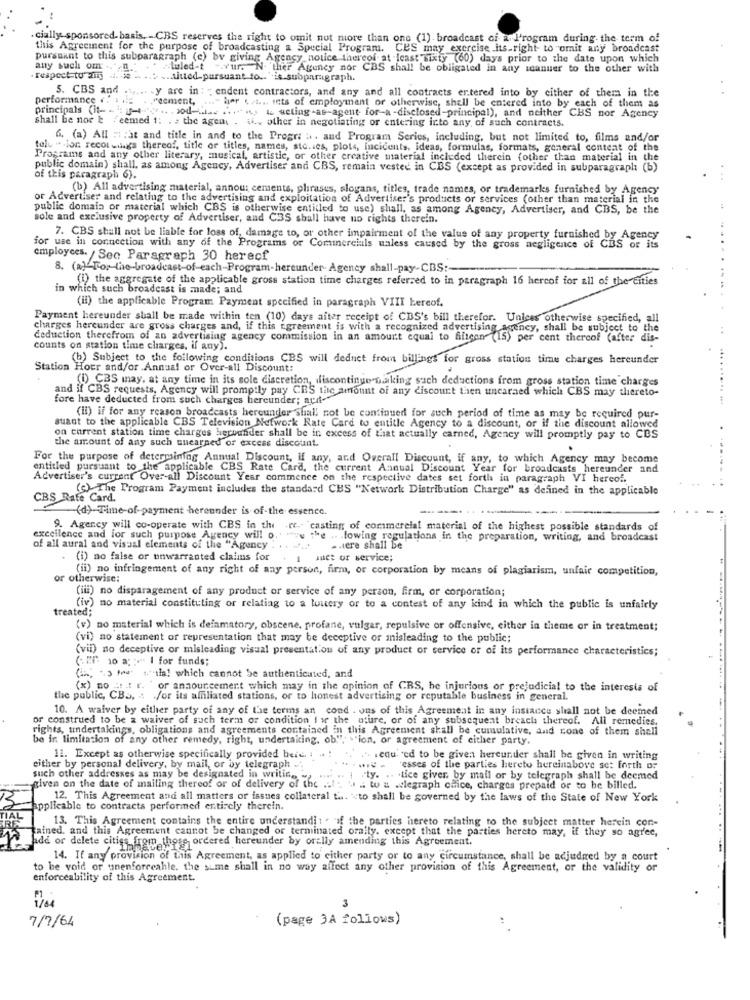
. cially sponsored- basis. - CBS reserves the right to omit not more than one (1) . broadcast ci a l'rogram during the term of
this Agreement for the purpose of broadcasting a Special Program. CES may exercise its.right to omit any broadcast
pursuant to this subparagraph (c) by giving Agency notice thereof at least sixty (60) days prior to the date upon which
any such om
-luled-t
wur. N. ther Agency nor CBS shall be obligated in any manner to the other with
. respect to amy
titted pursuant to. is subparagraph.
5. CBS and ...... . y are in : "endent contractors, and any and all contracts entered into by either of them in the
performance
"eement,
principals (it --- and- acting-as-agent for-a-disclosed-principal), and neither CBS nor Agency
" her .. t ... iets of employment or otherwise, shall be entered into by each of them as
shall be nor 1: / eemed 1:
: the agent . i.v other in negotiating or entering into any, of such contracts.
6. (a) All :: ; at and title in and to the Progra i. aud Program Series, including, but not limited to, films and/or
tolv "-ion recordings thereof, title or titles, names, sto.ies, plots, Incidents, ideas, formulas, formats, general content of the
Programs and any other literary, musical, artistic, or other creative material included therein other than material in the
public domain) shall, as among Agency, Advertiser and CBS, remain vested in CBS (except as provided in subparagraph (b)
..
of this paragraph 6).
(b) All advertising material, annou: cements, phrases, slogans, titles, trade names, or trademarks furnished by Agency
or Advertiser and relating to the advertising and exploitation of Advertiser's products or services (other than material in the
public domain or material which CBS is otherwise entitled to use) shall, as among Agency, Advertiser, and CBS, be the
sole and exclusive property of Advertiser, and C3S shall have no rights therein.
7. CBS shall not be liable for loss of, damage to, or other impairment of the value of any property furnished by Agency
for use in connection with any of the Programs or Commercials unless caused by the gross negligence of CBS or its
employces. / Sec Paragraph 30 herecf
8. (a) Tor-the-broadcast-of-each-Program-hereunder Agency shall-pay-CBS :-
(1) the aggregate of the applicable gross station time charges referred to in paragraph 16 hercof for all of the cities
in which such broadcast is made; and
(il) the applicable Program Payment specified in paragraph VIII bereof.
Payment hereunder shall be made within ten (10) days after receipt of CDS's bill therefor. Unices otherwise specified, all
charges hereunder are gross charges and, if this agreement is with a recognized advertising agency, shall be subject to the
deduction therefrom of an advertising agency commission in an amount equal to fillgen (15) per cent thereof (after dis-
counts on station time charges, if any).
(b) Subject to the following conditions CBS will deduct from billings for gross station time charges hereunder
Station Hour and/or Annual or Over-all Discount:
(i) CBS mnay, at any time in its sole discretion, discontinue naking such deductions from gross station time charges
and if CBS requests, Agency will promptly pay CES the amount of any discount then uncaraed which CBS may thereto-
fore have deducted from such charges hereunder; avr-"
(il) if for any reason broadcasts hereunder shall not be continued for such period of time as may be required pur-
suant to the applicable CBS Television Network Rate Card to entitle Agency to a discount, or if the discount allowed
on current station time charges herhunder shall be in excess of that actually carned, Agency will promptly pay to CBS
the amount of any such unearned or excess discount.
.
For the purpose of determining Annual Discount, if any, and Overall Discount, if any, to which Agency may become
entitled pursuant to the applicable CBS Rate Card, the current Annual Discount Year for broadcasts hereunder and
Advertiser's current Over all Discount Year commence on the respective dates set forth in paragraph VI hereof.
(c) The Program Payment includes the standard CBS "Network Distribution Charge" as defined in the applicable
CBS Rate Card.
-(d)-Time-of-payment hereunder is of-the essence.
9. Agency will co-operate with CBS in the ec- casting of commercial material of the highest possible standards of
excellence and for such purpose Agency will 0.
u the .. . towing regulations in the preparation, writing, and broadcast
of all aural and visual elements of the "Agency . . . ....
.. tere shall be
. (i) no false or unwarranted claims for . 1 met or service;
(ii) no infringement of any right of any person, firm, or corporation by means of plagiarism, unfair competition,
or otherwise:
(iii) no disparagement of any product or service of any person, firm, or corporation;
treated;
(iv) no material constituting or relating to a louery or to a contest of any kind in which the public is unfairly
(v) no material which is defamatory, obscene, profane, vulgar, repulsive or offensive, either in theme or in treatment;
(vi) no statement or representation that may be deceptive or misleading to the public;
(vii) no deceptive or misleading visual presentation of any product or service or of its performance characteristics;
( Ef 10 a :- " I for funds;
(in, los ! which cannot be authenticated, and
(x) no a .t r. " or announcement which may in the opinion of CBS, he injurious or prejudicial to the interests of
the public, CB .. .: /or its affiliated stations, or to honest advertising or reputable business in general.
10. A waiver by either party of any of the terms an cond . ons of this Agreement in any instance shall not be deemed
or construed to be a waiver of such term or condition I wr the uture, or of any subsequent breach thereof. All remedies,
rights, undertakings, obligations and agreements contained in this Agreement shall be cumulative, and cone of them shall
be in limitation of any other remedy, right, undertaking. ob", ""ion, or agreement of either party.
11. Except as otherwise specifically provided beic ...
frequ' 'ed to be given hereunder shall be given in writing
either by personal delivery, by mail, or by telegraph ..
'esses of the parties hereto hereinabove set forth or
such other addresses as may be designated in writing
1 ty. .. . tice giver, by mail or by telegraph shall be deemed
given on the date of mailing thereof or of delivery of the ... .. . .. wo & .legraph chice, charges prepaid or to be billed.
12. This Agreement and all matters or issues collateral tu. "to shall be governed by the laws of the State of New York
applicable to contracts performed entirely therein.
13. This Agreement contains the entire understandi : . if the parties hereto relating to the subject matter herein con-
ained, and this Agreement cannot be changed or terminated orally. except that the parties hereto may, if they so agree,
add or delete cities from those ordered hereunder by orally amending this Agreement.
14. If any provision of this Agreement, as applied to either party or to any circumstance, shall be adjudged by a court
to be void or unenforceable. the sume shall in no way affect any other provision of this Agreement, or the validity of
enforceability of this Agreement.
3
7/7/64
(page 3A follows)